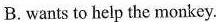
B.wants to help the monkey.